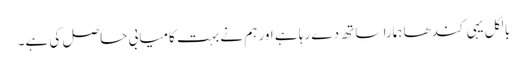
بالکل یہی کندھا ہمارا ساتھ دے رہا ہے اور ہم نے بہت کامیابی حاصل کی ہے۔